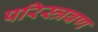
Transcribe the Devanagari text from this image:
परिस्त्रवण